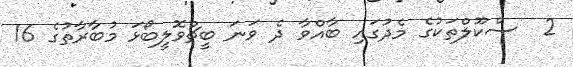
2  ސްކޫލްތަކުގެ މެދުގައި ބާއްވާ ދެ ވަނަ ބީޗްވޮލީބޯޅަ މުބާރާތުގެ 16